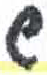
אות: ש